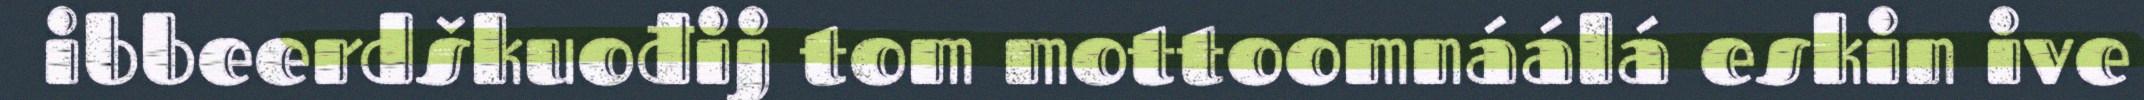
ibbeerdškuođij tom mottoomnáálá eskin ive